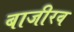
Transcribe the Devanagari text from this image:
बाजीरव